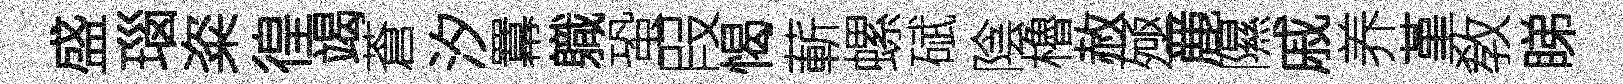
盛瑙粢徨竭蒼汐羃軄蛩叚愒蔪螺碔陰櫓赦殛䴡隰戚养堇敎睇